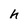
Character: h